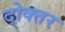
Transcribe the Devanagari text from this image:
दोक्तर